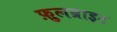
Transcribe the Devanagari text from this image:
फ़ुलब्राइट